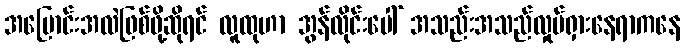
အပြောင်းအလဲဖြစ်ဖို့ဆိုရင် လူထုဟာ အွန်လိုင်းပေါ် အသည်းအသည်လှုပ်ရှားနေရာကနေ